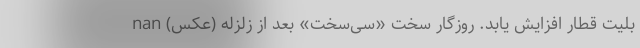
بلیت قطار افزایش یابد. روزگار سخت «سی‌سخت» بعد از زلزله (عکس) nan